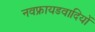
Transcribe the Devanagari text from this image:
नवफ्रायडवादियों